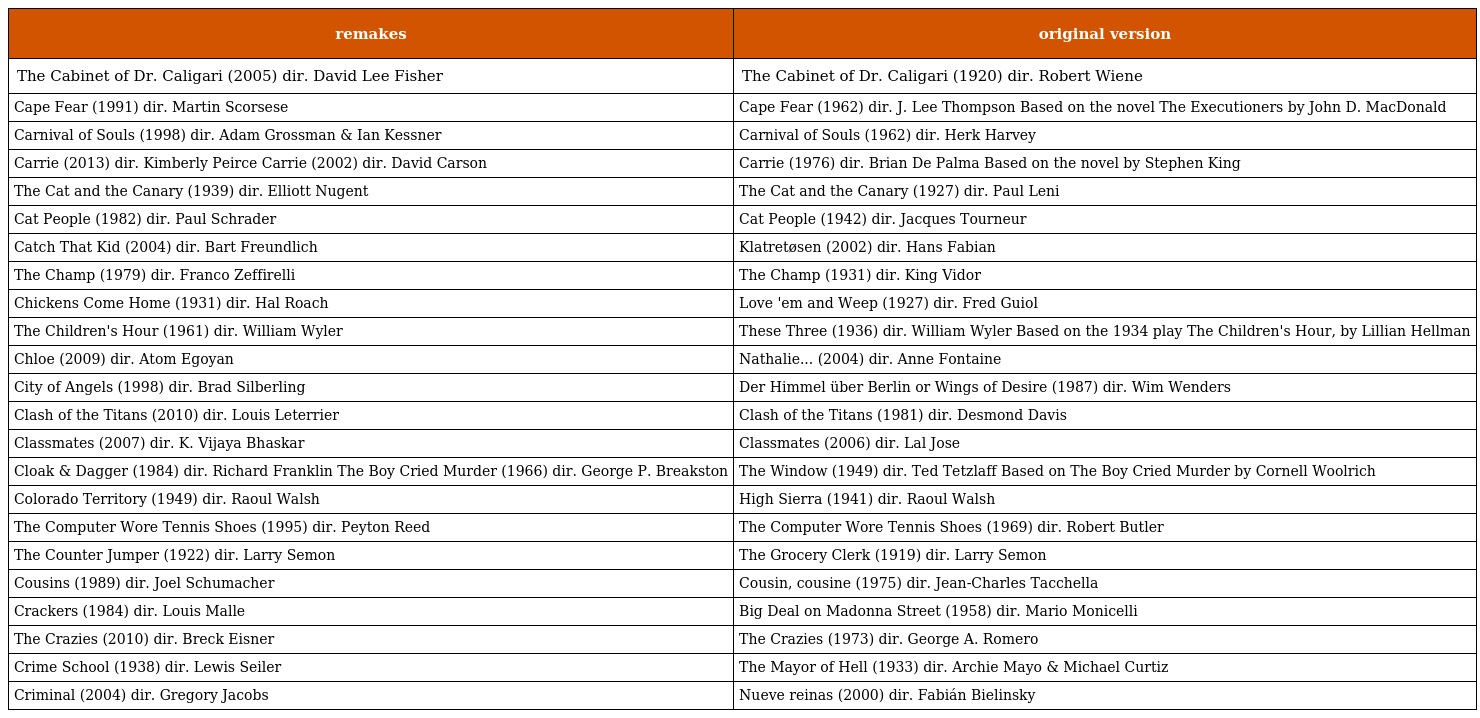
| remakes | original version |
 | --- | --- |
 | The Cabinet of Dr. Caligari (2005) dir. David Lee Fisher | The Cabinet of Dr. Caligari (1920) dir. Robert Wiene |
 | Cape Fear (1991) dir. Martin Scorsese | Cape Fear (1962) dir. J. Lee Thompson Based on the novel The Executioners by John D. MacDonald |
 | Carnival of Souls (1998) dir. Adam Grossman & Ian Kessner | Carnival of Souls (1962) dir. Herk Harvey |
 | Carrie (2013) dir. Kimberly Peirce Carrie (2002) dir. David Carson | Carrie (1976) dir. Brian De Palma Based on the novel by Stephen King |
 | The Cat and the Canary (1939) dir. Elliott Nugent | The Cat and the Canary (1927) dir. Paul Leni |
 | Cat People (1982) dir. Paul Schrader | Cat People (1942) dir. Jacques Tourneur |
 | Catch That Kid (2004) dir. Bart Freundlich | Klatretøsen (2002) dir. Hans Fabian |
 | The Champ (1979) dir. Franco Zeffirelli | The Champ (1931) dir. King Vidor |
 | Chickens Come Home (1931) dir. Hal Roach | Love 'em and Weep (1927) dir. Fred Guiol |
 | The Children's Hour (1961) dir. William Wyler | These Three (1936) dir. William Wyler Based on the 1934 play The Children's Hour, by Lillian Hellman |
 | Chloe (2009) dir. Atom Egoyan | Nathalie... (2004) dir. Anne Fontaine |
 | City of Angels (1998) dir. Brad Silberling | Der Himmel über Berlin or Wings of Desire (1987) dir. Wim Wenders |
 | Clash of the Titans (2010) dir. Louis Leterrier | Clash of the Titans (1981) dir. Desmond Davis |
 | Classmates (2007) dir. K. Vijaya Bhaskar | Classmates (2006) dir. Lal Jose |
 | Cloak & Dagger (1984) dir. Richard Franklin The Boy Cried Murder (1966) dir. George P. Breakston | The Window (1949) dir. Ted Tetzlaff Based on The Boy Cried Murder by Cornell Woolrich |
 | Colorado Territory (1949) dir. Raoul Walsh | High Sierra (1941) dir. Raoul Walsh |
 | The Computer Wore Tennis Shoes (1995) dir. Peyton Reed | The Computer Wore Tennis Shoes (1969) dir. Robert Butler |
 | The Counter Jumper (1922) dir. Larry Semon | The Grocery Clerk (1919) dir. Larry Semon |
 | Cousins (1989) dir. Joel Schumacher | Cousin, cousine (1975) dir. Jean-Charles Tacchella |
 | Crackers (1984) dir. Louis Malle | Big Deal on Madonna Street (1958) dir. Mario Monicelli |
 | The Crazies (2010) dir. Breck Eisner | The Crazies (1973) dir. George A. Romero |
 | Crime School (1938) dir. Lewis Seiler | The Mayor of Hell (1933) dir. Archie Mayo & Michael Curtiz |
 | Criminal (2004) dir. Gregory Jacobs | Nueve reinas (2000) dir. Fabián Bielinsky |